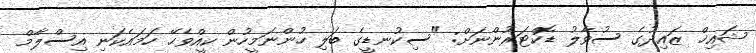
ޝައިޚް ޒައިދުގެ ސުވާލު ޑޮކްޓަރުންނަށް: "ސިކުނޑީގެ ބަލި ހުންނަމީހުން ކީއްވެހޭ ހަމައެކަނި އިސްލާމް